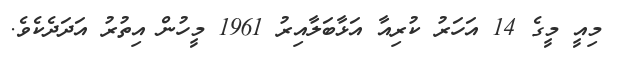
މިއީ މީގެ 14 އަހަރު ކުރިއާ އަޅާބަލާއިރު 1961 މީހުން އިތުރު އަދަދެކެވެ.